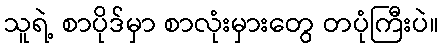
သူရဲ့ စာပိုဒ်မှာ စာလုံးမှားတွေ တပုံကြီးပဲ။